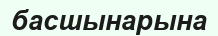
басшынарына